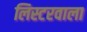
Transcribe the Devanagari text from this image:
लिस्टरवाला